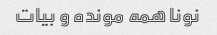
نونا همه مونده و بیات